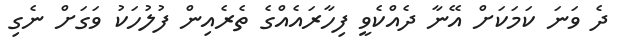
ދެ ވަނަ ކަމަކަށް އޭނާ ދެއްކެވީ ފިހާރައެއްގެ ތެރެއިން ފުލުހަކު ވަގަށް ނެގި